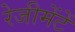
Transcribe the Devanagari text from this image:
रेजीमेंटें